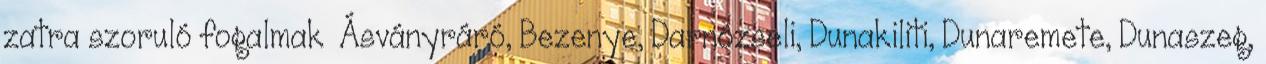
zatra szoruló fogalmak ▪Ásványráró, Bezenye, Darnózseli, Dunakiliti, Dunaremete, Dunaszeg,